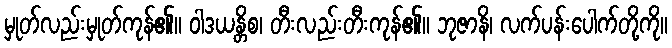
မှုတ်လည်းမှုတ်ကုန်၏။ ဝါဒယန္တိစ၊ တီးလည်းတီးကုန်၏။ ဘုဇာနိ၊ လက်ပန်းပေါက်တို့ကို။